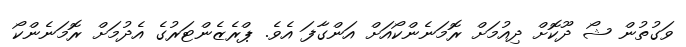
ވަގުތުން ޝޯ ދޫކޮށް ދިއުމަށް ރޮމަނެންކޯއަށް އަންގާފަ އެވެ. ޕްރެޒެންޓަރުގެ އެދުމަށް ރޮމަނެންކޯ